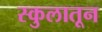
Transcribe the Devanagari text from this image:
स्कुलातून